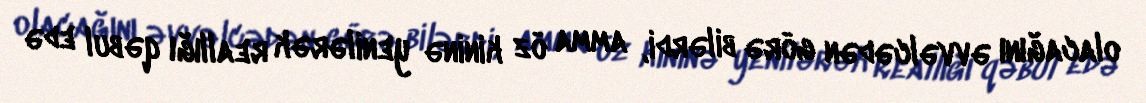
olacağını əvvəlcədən görə bilərdi, amma öz kininə yenilərək reallığı qəbul edə